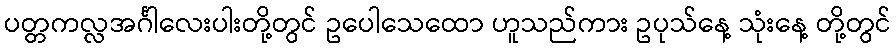
ပတ္တကလ္လအင်္ဂါလေးပါးတို့တွင် ဥပေါသေထော ဟူသည်ကား ဥပုသ်နေ့ သုံးနေ့ တို့တွင်